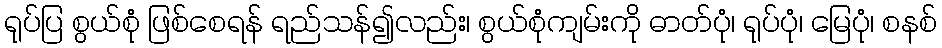
ရုပ်ပြ စွယ်စုံ ဖြစ်စေရန် ရည်သန်၍လည်း၊ စွယ်စုံကျမ်းကို ဓာတ်ပုံ၊ ရုပ်ပုံ၊ မြေပုံ၊ စနစ်